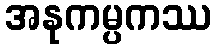
အနုကမ္ပကဿ